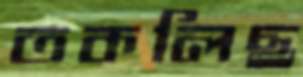
তকলিছ